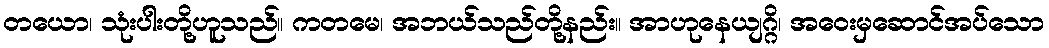
တယော၊ သုံးပါးတို့ဟူသည်။ ကတမေ၊ အဘယ်သည်တို့နည်း။ အာဟုနေယျဂ္ဂိ၊ အဝေးမှဆောင်အပ်သော